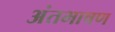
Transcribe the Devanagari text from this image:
अंतभाषण